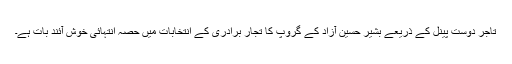
تاجر دوست پینل کے ذریعے بشیر حسین آزاد کے گروپ کا تجار برادری کے انتخابات میں حصہ انتہائی خوش آئند بات ہے۔